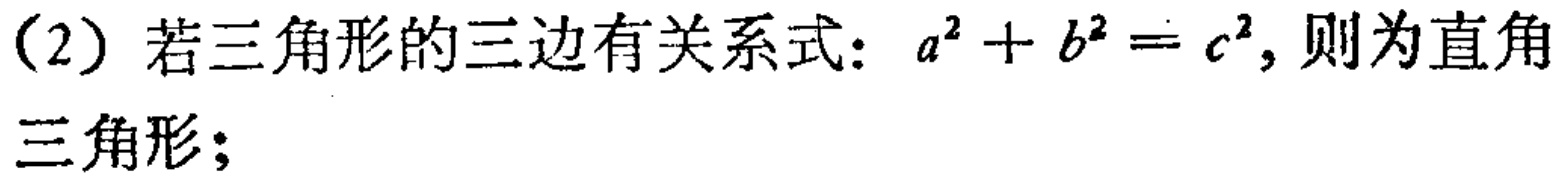
（2）若三角形的三边有关系式：\(a^{2}+b^{2}=c^{2}\)，则为直角三角形；